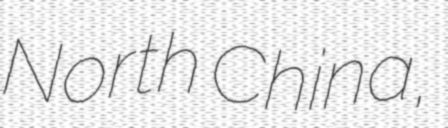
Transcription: North China,